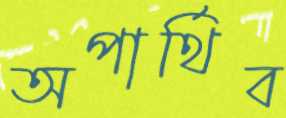
অপার্থিব